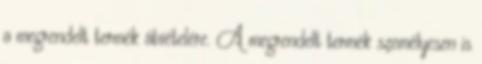
a megrendelt termék átvételére. A megrendelt termék személyesen is